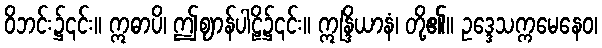
ဝိဘင်း၌၎င်း။ ဣဓာပိ၊ ဤဈာန်ပါဠိ၌၎င်း။ ဣန္ဒြိယာနံ၊ တို့၏။ ဥဒ္ဒေသက္ကမေနေဝ၊